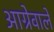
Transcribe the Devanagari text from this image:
आग्रेवाले